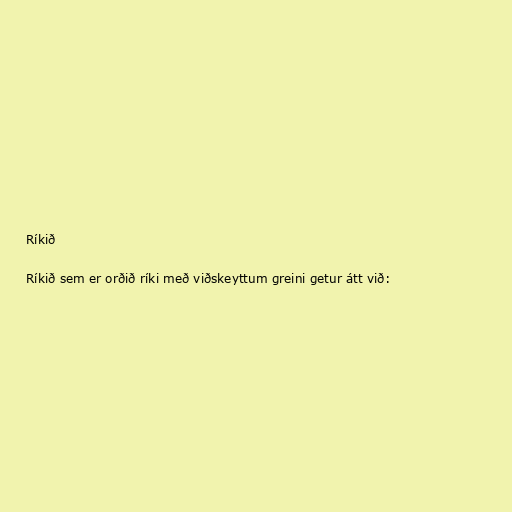
Ríkið

Ríkið sem er orðið ríki með viðskeyttum greini getur átt við: